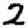
Digit: 2